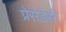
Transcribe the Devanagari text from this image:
प्रेसेडेंसी